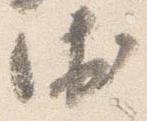
衛